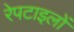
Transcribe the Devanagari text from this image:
रेपटाइलों